Cholera in India, 1862 to 1881
Year: 1862
Disease focus: Cholera
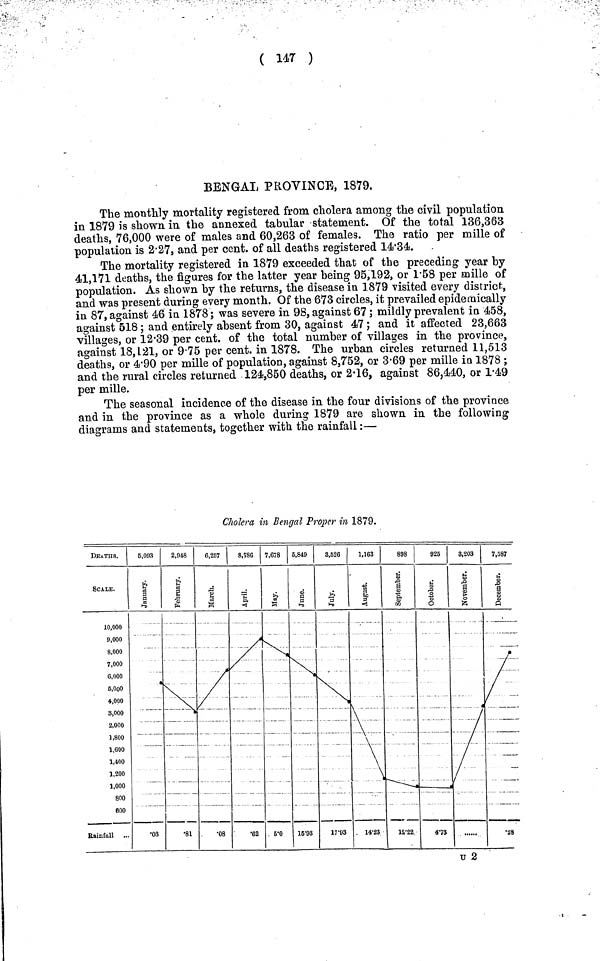
( 147 )
BENGAL PROVINCE, 1879.
The monthly mortality registered from cholera among the civil population
in 1879 is shown in the annexed tabular statement. Of the total 136,363
deaths, 76,000 were of males and 60,263 of females. The ratio per mille of
population is 2·27, and per cent, of all deaths registered 14·34.
The mortality registered in 1879 exceeded that of the preceding year by
41,171 deaths, the figures for the latter year being 95,192, or 1·58 per mille of
population. As shown by the returns, the disease in 1879 visited every district,
and was present during every month. Of the 673 circles, it prevailed epidemically
in 87, against 46 in 1878; was severe in 98, against 67; mildly prevalent in 458,
against 518; and entirely absent from 30, against 47 ; and it affected 23,663
villages, or 12·39 per cent. of the total number of villages in the province,
against 18,121, or 9·75 per cent. in 1878. The urban circles returned 11,513
deaths, or 4·90 per mille of population, against 8,752, or 3·69 per mille in 1878 ;
and the rural circles returned 124,850 deaths, or 2·.16, against 86,440, or 1·49
per mille.
The seasonal incidence of the disease in the four divisions of the province
and in the province as a whole during 1879 are shown in the following
diagrams and statements, together with the rainfall:—
Clolera in Bengal Proper in 1879.
U 2